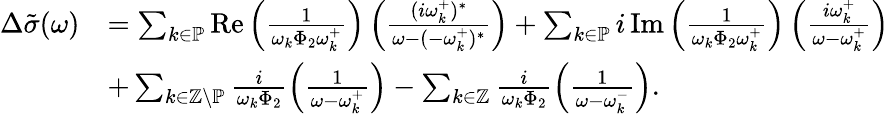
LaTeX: \begin{array}{rl}{\Delta\tilde{\sigma}(\omega)}&{=\sum_{k\in\mathbb{P}}\operatorname{Re}\left(\frac{1}{\omega_{k}\Phi_{2}\omega_{k}^{+}}\right)\left(\frac{(i\omega_{k}^{+})^{*}}{\omega-(-\omega_{k}^{+})^{*}}\right)+\sum_{k\in\mathbb{P}}i\operatorname{Im}\left(\frac{1}{\omega_{k}\Phi_{2}\omega_{k}^{+}}\right)\left(\frac{i\omega_{k}^{+}}{\omega-\omega_{k}^{+}}\right)}\\ &{+\sum_{k\in\mathbb{Z}\backslash\mathbb{P}}\frac{i}{\omega_{k}\Phi_{2}}\left(\frac{1}{\omega-\omega_{k}^{+}}\right)-\sum_{k\in\mathbb{Z}}\frac{i}{\omega_{k}\Phi_{2}}\left(\frac{1}{\omega-\omega_{k}^{-}}\right).}\end{array}